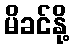
မိခင်နို့